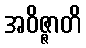
အဝိဇ္ဇာတိ